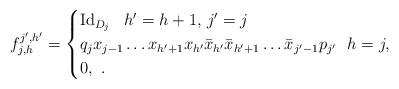
LaTeX: \begin{align*}f^{j',h'}_{j,h} = \begin{cases}\operatorname{Id}_{D_j}~~h'=h+1,\, j'=j\\q_jx_{j-1}\ldots x_{h'+1}x_{h'}\bar{x}_{h'}\bar{x}_{h'+1}\ldots \bar{x}_{j'-1}p_{j'}~~h=j,\\0,~.\end{cases}\end{align*}